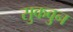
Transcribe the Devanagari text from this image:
सुकवुन